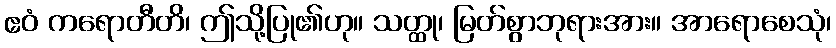
ဧဝံ ကရောတီတိ၊ ဤသို့ပြု၏ဟု။ သတ္ထု၊ မြတ်စွာဘုရားအား။ အာရောစေသုံ၊